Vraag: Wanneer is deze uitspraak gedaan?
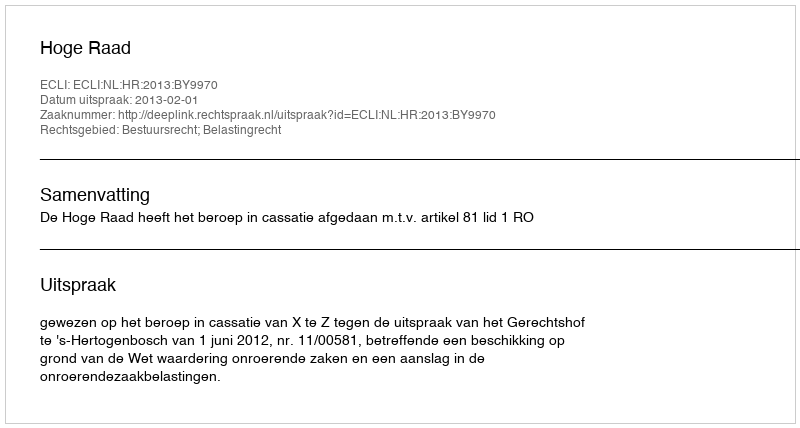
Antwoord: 2013-02-01